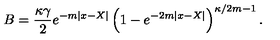
B = { \frac { \kappa \gamma } { 2 } } e ^ { - m | x - X | } \left( 1 - e ^ { - 2 m | x - X | } \right) ^ { \kappa / 2 m - 1 } .